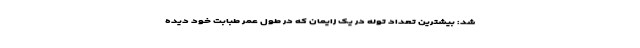
شد: بیشترین تعداد توله‌ در یک زایمان که در طول عمر طبابت خود دیده